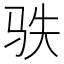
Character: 𩧭